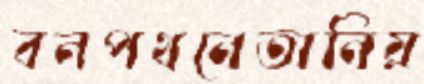
বনপথনেতানিয়